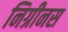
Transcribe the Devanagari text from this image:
निग्रीनस